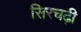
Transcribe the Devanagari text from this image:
सिरचढ़ी